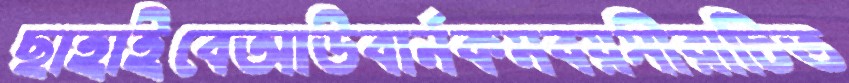
ছাহাইবেআউবার্নকমবয়সীরাচিত